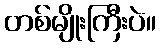
တစ်မျိုးကြီးပဲ။